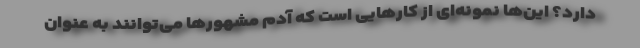
دارد؟ این‌ها نمونه‌ای از کارهایی است که آدم مشهورها می‌توانند به عنوان